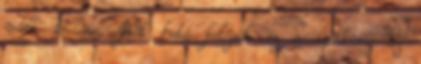
vált volna. Két hete folyik ez a cirkusz az